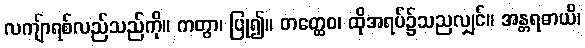
လကျ်ာရစ်လည်သည်ကို။ ကတွာ၊ ပြု၍။ တတ္ထေဝ၊ ထိုအရပ်၌သညလျှင်။ အန္တရဓာယိ၊